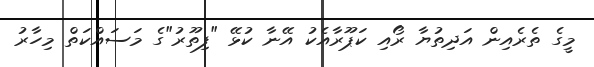
މީގެ ތެރެއިން އަދިތުޔާ ރޯއި ކަޕޫރާއެކު އޭނާ ކުޅޭ "ފިތޫރު"ގެ މަސައްކަތް މިހާރު